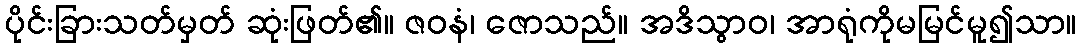
ပိုင်းခြားသတ်မှတ် ဆုံးဖြတ်၏။ ဇဝနံ၊ ဇောသည်။ အဒိသွာဝ၊ အာရုံကိုမမြင်မူ၍သာ။